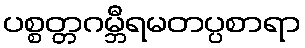
ပစ္စတ္တဂမ္ဘီရမတပ္ပစာရာ